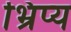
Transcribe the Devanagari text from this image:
भ्रिप्य